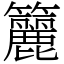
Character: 籭